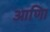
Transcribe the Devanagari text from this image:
आणिा